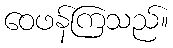
ဝေဖန်ကြသည်။